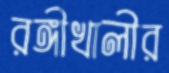
রঙ্গীখালীর